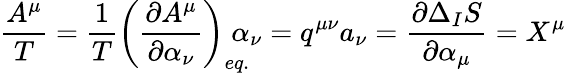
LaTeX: \frac{A^{\mu}}{T}=\frac{1}{T}\left(\frac{\partial A^{\mu}}{\partial\alpha_{\nu}}\right)_{eq.}\! \! \! \! \alpha_{\nu}=q^{\mu\nu}a_{\nu}=\frac{\partial\Delta_{I}S}{\partial\alpha_{\mu}}=X^{\mu}